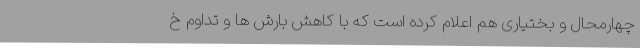
چهارمحال و بختیاری هم اعلام کرده است که با کاهش بارش ها و تداوم خ